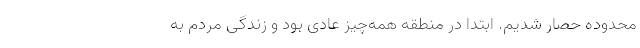
محدوده حصار شدیم. ابتدا در منطقه همه‌چیز عادی بود و زندگی مردم به